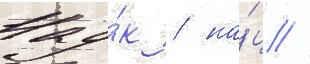
Нау́к / на́ц //